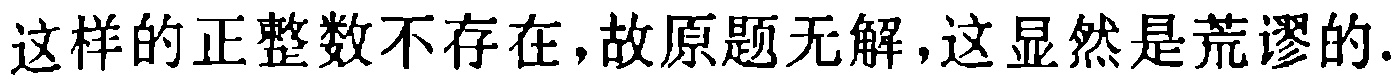
这样的正整数不存在，故原题无解，这显然是荒谬的.